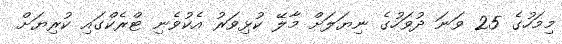
މިމަހުގެ 25 ވަނަ ދުވަހުގެ ނިޔަލަށް މާލޭ ކުޅިވަރު އެކުވެނި ޓްރެކްގައި ކުރިޔަށް